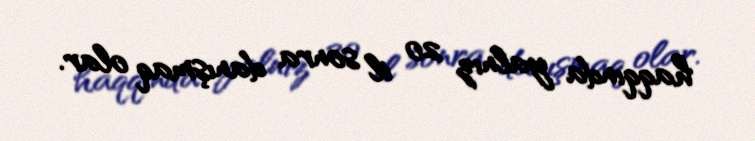
haqqında yalnız 20 il sonra danışmaq olar.